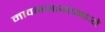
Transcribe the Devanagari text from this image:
मावळभागामध्ये